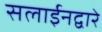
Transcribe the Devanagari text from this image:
सलाईनद्वारे